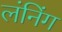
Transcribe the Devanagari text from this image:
लंनिंग